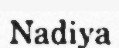
Nadiya